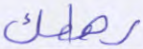
رهطك